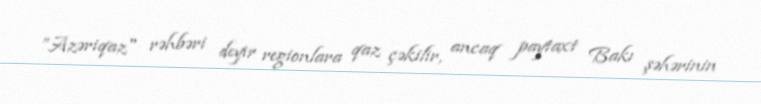
”Azəriqaz" rəhbəri deyir regionlara qaz çəkilir, ancaq paytaxt Bakı şəhərinin